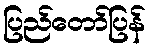
ပြည်တော်ပြန်